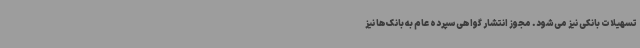
تسهیلات بانکی نیز می‌شود. مجوز انتشار گواهی سپرده عام به بانک‌ها نیز